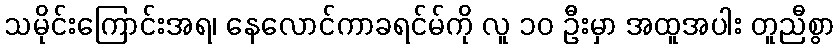
သမိုင်းကြောင်းအရ၊ နေလောင်ကာခရင်မ်ကို လူ ၁၀ ဦးမှာ အထူအပါး တူညီစွာ